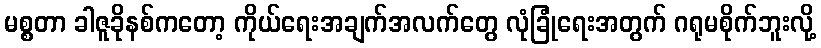
မစ္စတာ ခါဇူခိုနစ်ကတော့ ကိုယ်ရေးအချက်အလက်တွေ လုံခြုံရေးအတွက် ဂရုမစိုက်ဘူးလို့